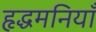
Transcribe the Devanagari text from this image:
हृद्धमनियाँ